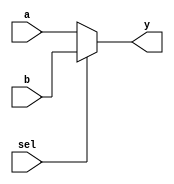
`timescale 1ns / 1ps
//////////////////////////////////////////////////////////////////////////////////
// Company: 
// Engineer: 
// 
// Design Name: 
// Module Name:    Mux_21_18 
// Project Name: 
// Target Devices: 
// Tool versions: 
// Description: 
//
// Dependencies: 
//
// Revision: 
// Revision 0.01 - File Created
// Additional Comments: 
//
//////////////////////////////////////////////////////////////////////////////////
module Mux_21_18(
input sel,a,b,
output y);

assign y=sel?b:a;


endmodule